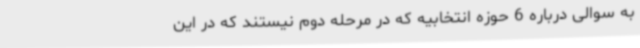
به سوالی درباره 6 حوزه انتخابیه که در مرحله دوم نیستند که در این